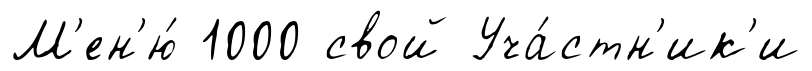
М'ен'ю́ 1000 свой Уча́стн'ик'и